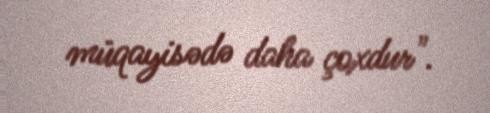
müqayisədə daha çoxdur".